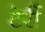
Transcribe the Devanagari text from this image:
टेर्री